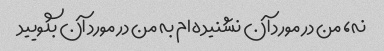
نه، من در مورد آن نشنیده ام به من در مورد آن بگویید